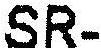
SR-